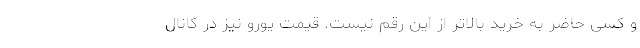
و کسی حاضر به خرید بالاتر از این رقم نیست. قیمت یورو نیز در کانال